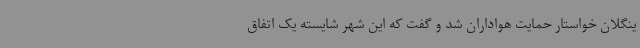
ینگلان خواستار حمایت هواداران شد و گفت که این شهر شایسته یک اتفاق